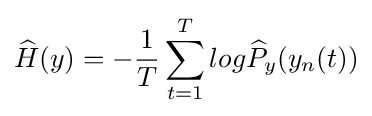
{\widehat {H}}(y)=-{\frac {1}{T}}\sum _{t=1}^{T}log{\widehat {P}}_{y}(y_{n}(t))